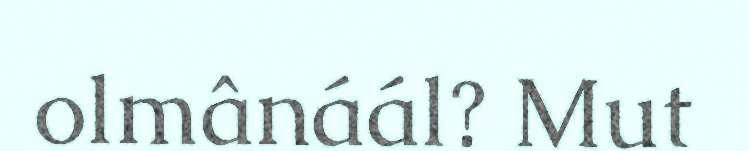
olmânáál? Mut